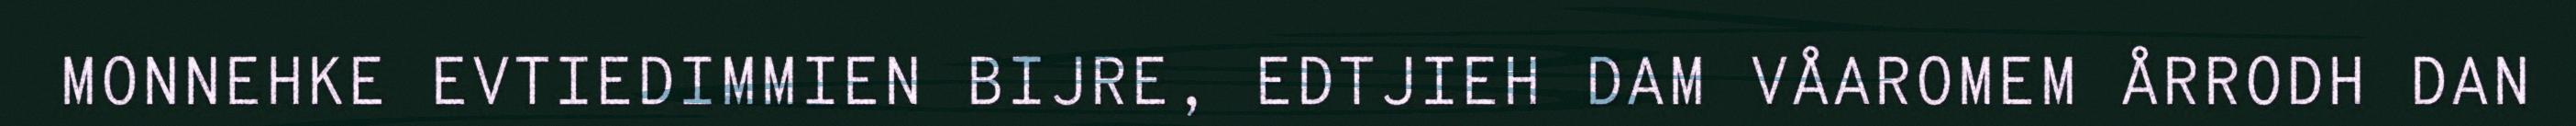
MONNEHKE EVTIEDIMMIEN BIJRE, EDTJIEH DAM VÅAROMEM ÅRRODH DAN